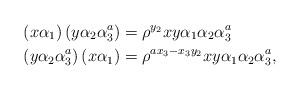
LaTeX: \begin{align*}\left(x\alpha_{1}\right)\left(y\alpha_{2}\alpha_{3}^{a}\right)&=\rho^{y_{2}}xy\alpha_{1}\alpha_{2}\alpha_{3}^{a} \ \\\left(y\alpha_{2}\alpha_{3}^{a}\right)\left(x\alpha_{1}\right)&=\rho^{ax_{3}-x_{3}y_{2}}xy\alpha_{1}\alpha_{2}\alpha_{3}^{a}, \end{align*}